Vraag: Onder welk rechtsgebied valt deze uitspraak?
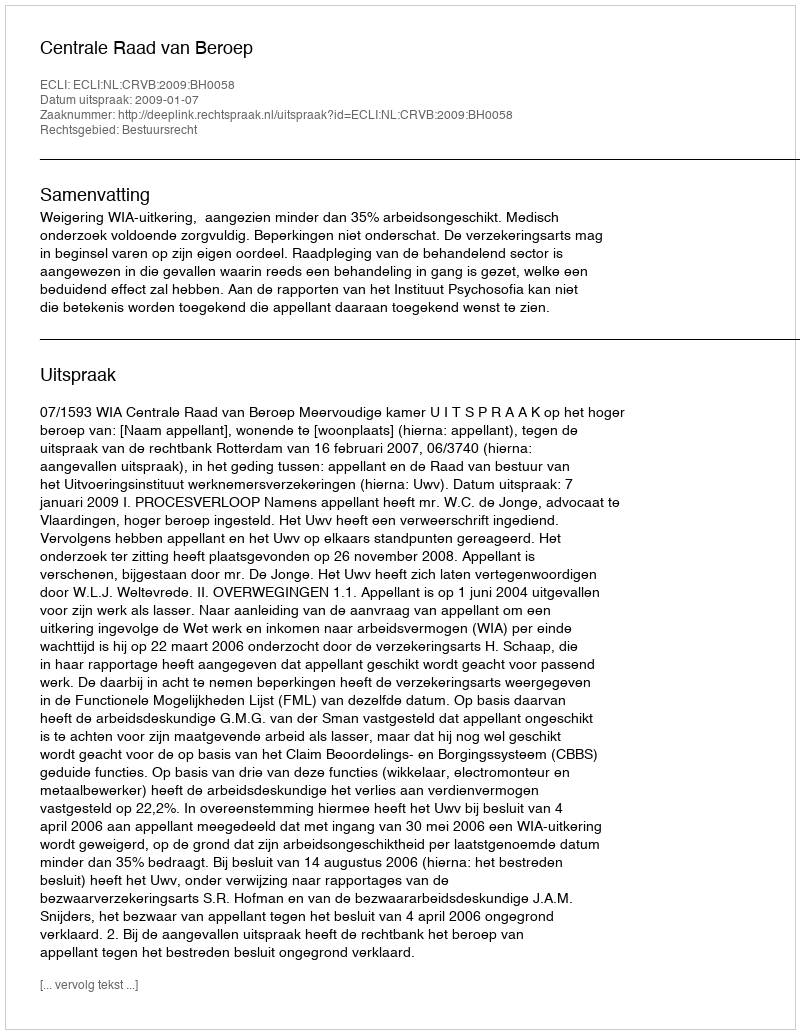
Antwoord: Bestuursrecht